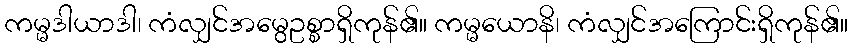
ကမ္မဒါယာဒါ၊ ကံလျှင်အမွေဥစ္စာရှိကုန်၏။ ကမ္မယောနိ၊ ကံလျှင်အကြောင်းရှိကုန်၏။